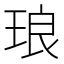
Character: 琅